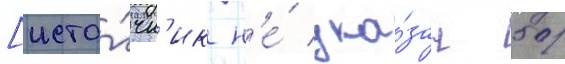
[исто́чн'ик н'е́ ука́зан 50